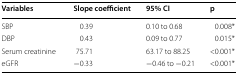
<table><thead><tr><td><b>Variables</b></td><td><b>Slope coefficient</b></td><td><b>95% CI</b></td><td><b>p</b></td></tr></thead><tbody><tr><td>SBP</td><td>0.39</td><td>0.10 to 0.68</td><td>0.008*</td></tr><tr><td>DBP</td><td>0.43</td><td>0.09 to 0.77</td><td>0.015*</td></tr><tr><td>Serum creatinine</td><td>75.71</td><td>63.17 to 88.25</td><td>&lt;0.001*</td></tr><tr><td>eGFR</td><td>−0.33</td><td>−0.46 to −0.21</td><td>&lt;0.001*</td></tr></tbody></table>